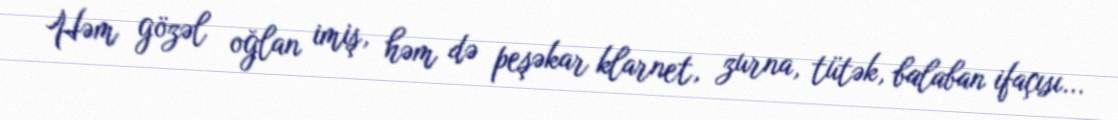
Həm gözəl oğlan imiş, həm də peşəkar klarnet, zurna, tütək, balaban ifaçısı...